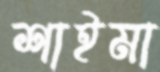
শাইমা